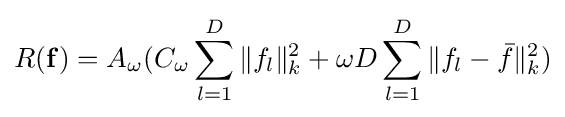
R(\mathbf {f} )=A_{\omega }(C_{\omega }\sum \limits _{l=1}^{D}\|f_{l}\|_{k}^{2}+\omega D\sum \limits _{l=1}^{D}\|f_{l}-{\bar {f}}\|_{k}^{2})